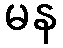
မန